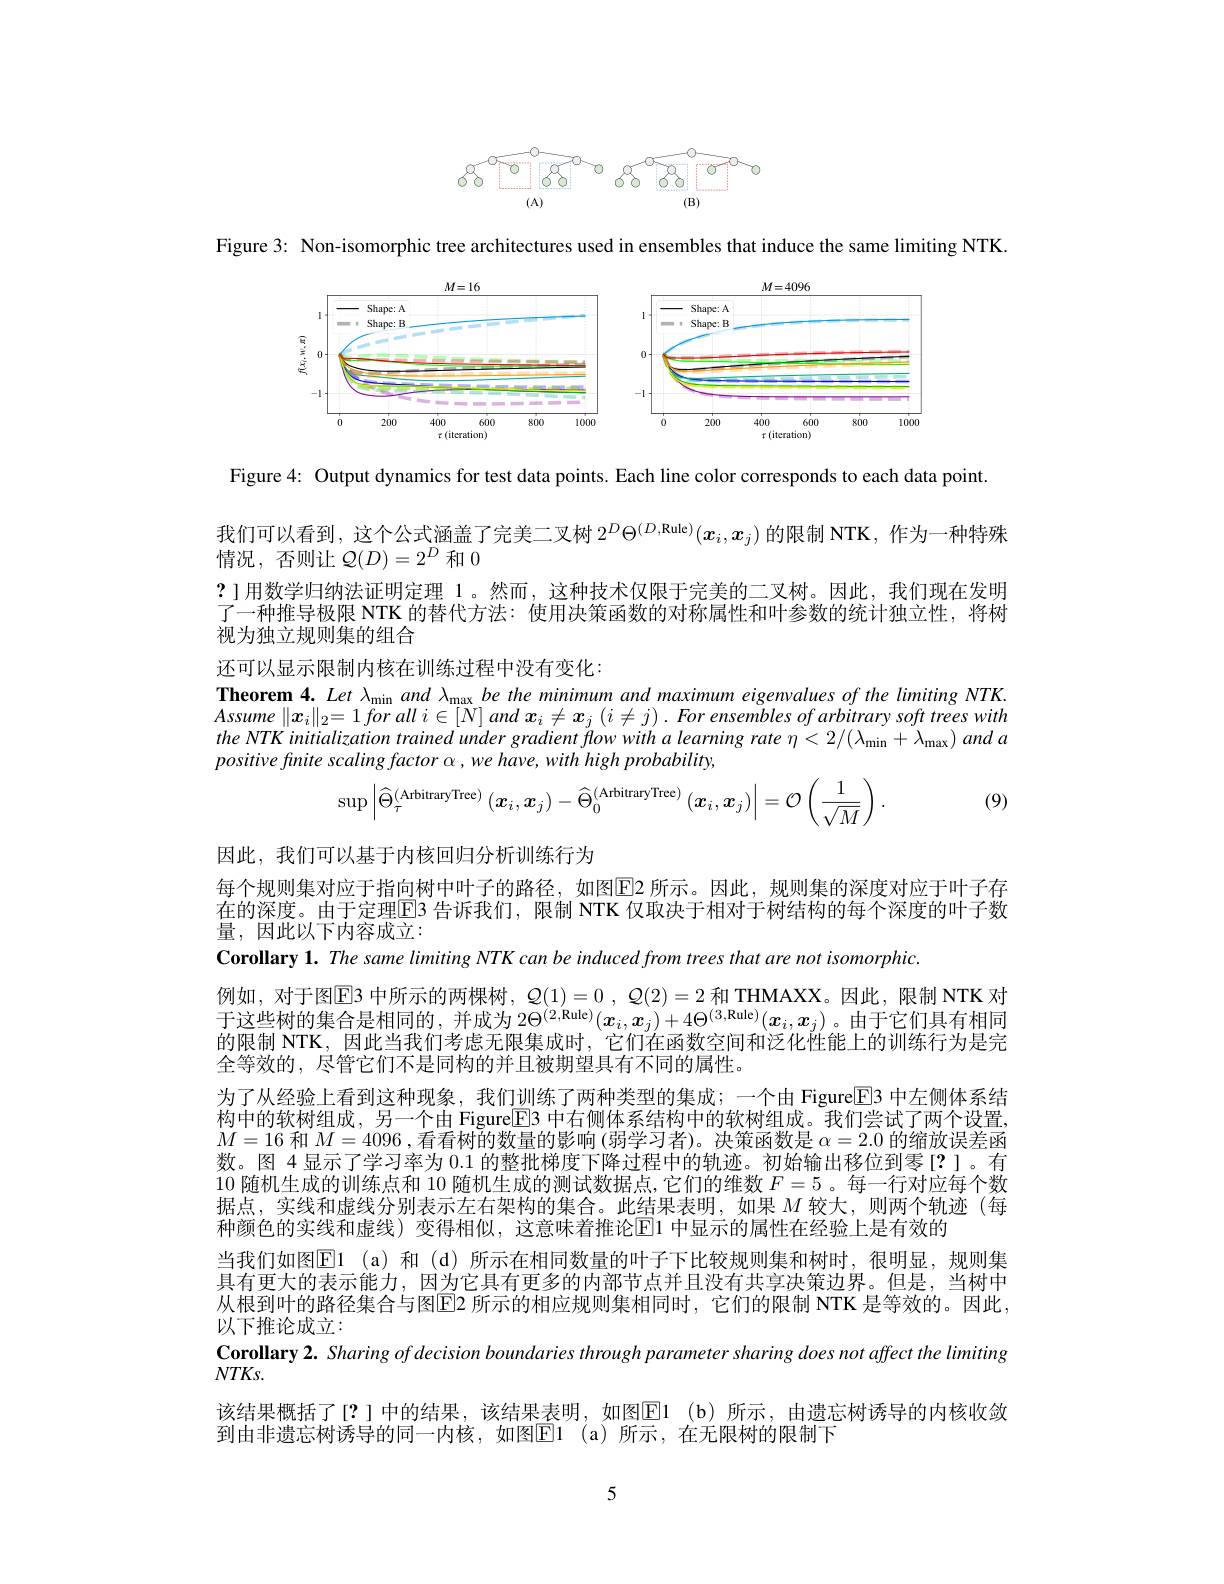
<FigureHere>

Figure 3: Non-isomorphic tree architectures used in ensembles that induce the same limiting NTK

<FigureHere>

Figure 4: Output dynamics for test data points. Each line color corresponds to each data point

我们可以看到，这个公式涵盖了完美二叉树$2^D\Theta^{(D,\mathrm{Rule})}(x_i,x_j)$的限制 NTK, 作为一种特殊
情况，否则让$\mathcal{Q}(D)=2^D$和0
? ]用数学归纳法证明定理 1。然而，这种技术仅限于完美的二叉树。因此，我们现在发明了一种推导极限 NTK 的替代方法：使用决策函数的对称属性和叶参数的统计独立性，将树视为独立规则集的组合

还可以显示限制内核在训练过程中没有变化：

Theorem 4. Let $\lambda_{\mathrm{min}}and$ $\lambda_{\mathrm{max}}$ be the minimum and maximum eigenvalues of the limiting NTK. $Assume\parallel x_i\parallel _2= 1\textit{for all }i\in [ N] and\boldsymbol{x}_i\neq \boldsymbol{x}_j\left ( i\neq j\right ) . \textit{For ensembles of arbitrary soft trees with}$ the $NTK$ initialization trained under gradient flow with $a$ learning rate $\eta < 2/ ( \lambda _{\mathrm{min}}+ \lambda _{\mathrm{max}})$ and $a$ positive finite scaling factor α, we have, with high probability,
$$\sup\left|\widehat{\Theta}_{\tau}^{(\text{ArbitraryTree})}\left(\boldsymbol{x}_{i},\boldsymbol{x}_{j}\right)-\widehat{\Theta}_{0}^{(\text{ArbitraryTree})}\left(\boldsymbol{x}_{i},\boldsymbol{x}_{j}\right)\right|=\mathcal{O}\left(\frac{1}{\sqrt{M}}\right).$$
(9)

因此，我们可以基于内核回归分析训练行为
每个规则集对应于指向树中叶子的路径，如图$\boxed{\mathrm{E}}$2 所示。因此，规则集的深度对应于叶子存在的深度。由于定理$\overline{\mathrm{E}}$3 告诉我们，限制 NTK 仅取决于相对于树结构的每个深度的叶子数量，因此以下内容成立：
Corollary 1. The same limiting NTK can be induced from trees that are not isomorphic.
例如，对于图$\overline{\mathrm{E}}$3 中所示的两棵树，$\mathcal{Q}(1)=0$ , $\mathcal{Q}(2)=2$ 和 THMAXX。因此，限制 NTK 对于这些树的集合是相同的，并成为 2$\Theta^{(2,\text{Rule})}(x_i,x_j)+4\Theta^{(3,\text{Rule})}(x_i,x_j)$。由于它们具有相同的限制 NTK,因此当我们考虑无限集成时，它们在函数空间和泛化性能上的训练行为是完全等效的，尽管它们不是同构的并且被期望具有不同的属性。
为了从经验上看到这种现象，我们训练了两种类型的集成；一个由 Figure$\underline{\mathrm{E}}$3 中左侧体系结构中的软树组成，另一个由 FigureE3 中右侧体系结构中的软树组成。我们尝试了两个设置， $M=16$和$M=4096$ ,看看树的数量的影响(弱学习者)。决策函数是$\alpha=2.0$的缩放误差函数。图 4显示了学习率为 0.1 的整批梯度下降过程中的轨迹。初始输出移位到零[?]。有10随机生成的训练点和 10 随机生成的测试数据点，它们的维数$F=5$。每一行对应每个数据点，实线和虚线分别表示左右架构的集合。此结果表明，如果$M$较大，则两个轨迹(每种颜色的实线和虚线)变得相似，这意味着推论$\boxed{\mathrm{E}}$1 中显示的属性在经验上是有效的
当我们如图$\mathbb{E}$1 (a)和 (d)所示在相同数量的叶子下比较规则集和树时，很明显，规则集具有更大的表示能力，因为它具有更多的内部节点并且没有共享决策边界。但是，当树中从根到叶的路径集合与图$\overline{\mathrm{E}}$2 所示的相应规则集相同时，它们的限制 NTK 是等效的。因此， 以下推论成立：
Corollary 2. Sharing of decision boundaries through parameter sharing does not affect the limiting
$NTKs.$
该结果概括了[?]中的结果，该结果表明，如图El (b) 所示，由遗忘树诱导的内核收敛
到由非遗忘树诱导的同一内核，如图$\boxed{\mathrm{E} }1$ (a)所示，在无限树的限制下

5